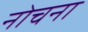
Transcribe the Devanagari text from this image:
नोचना